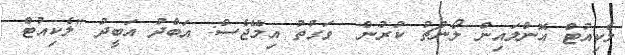
ލެކިއުޓް އޮންލައިން ލޯންޗު ކުރުން  ވަގުތު އިމޭޖެސް: އަބްދު އަބީދު "ލެކިއުޓް